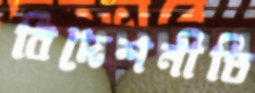
বিদেশনীতি